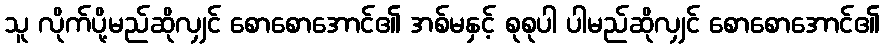
သူ လိုက်ပို့မည်ဆိုလျှင် စောစောအောင်၏ အစ်မနှင့် စုစုပါ ပါမည်ဆိုလျှင် စောစောအောင်၏